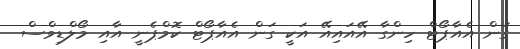
ގަން އެއާޕޯޓް ހިންގާ އޭއައިއޭ އަކީ ގަން އެއާޕޯޓް ކޮމްޕެނީ އާއި މޯލްޑިވްސް